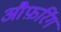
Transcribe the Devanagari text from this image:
औफ़रिंग